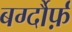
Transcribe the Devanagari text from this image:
बर्ग्दौर्फ़